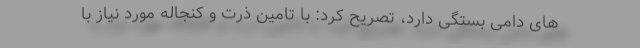
های دامی بستگی دارد، تصریح کرد: با تامین ذرت و کنجاله مورد نیاز با